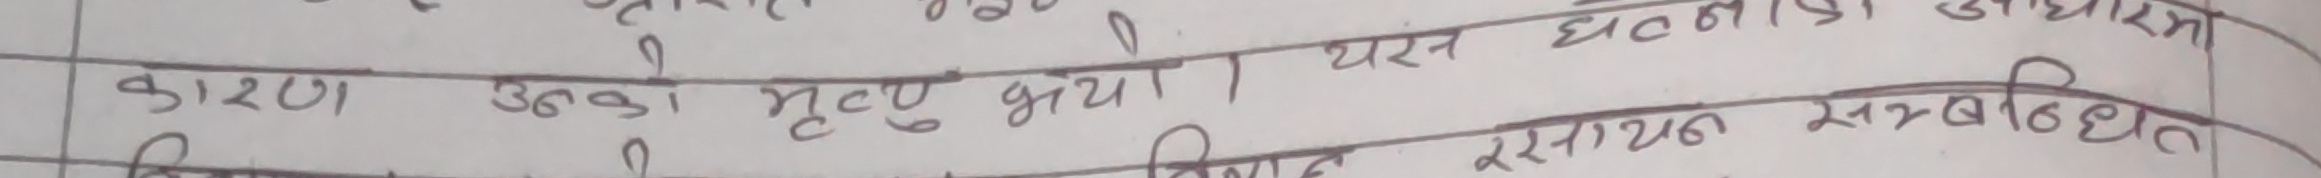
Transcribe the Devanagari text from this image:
कारण उनको मृत्यु भयो । यस घटनाका आधारमा
सम्बन्धित